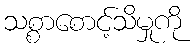
သစ္စာစောင့်သိမှုကို